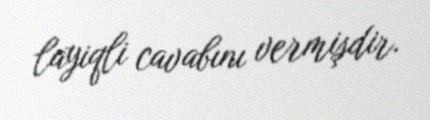
layiqli cavabını vermişdir.